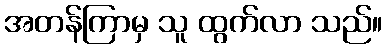
အတန်ကြာမှ သူ ထွက်လာ သည်။